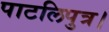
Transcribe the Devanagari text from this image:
पाटलिपुत्र।